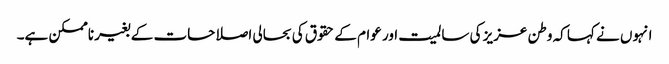
انہوں نے کہا کہ وطن عزیز کی سالمیت اور عوام کے حقوق کی بحالی اصلاحات کے بغیر ناممکن ہے۔